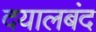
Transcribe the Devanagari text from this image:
दयालबंद